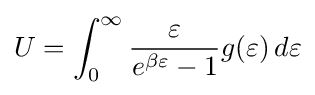
U=\int _{0}^{\infty }{\frac {\varepsilon }{e^{\beta \varepsilon }-1}}g(\varepsilon )\,d\varepsilon